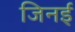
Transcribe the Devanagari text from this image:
जिनई